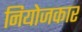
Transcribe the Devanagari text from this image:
नियोजकार